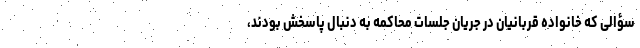
سؤالی که خانواده قربانیان در جریان جلسات محاکمه به ‌دنبال پاسخش بودند،